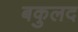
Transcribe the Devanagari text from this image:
बकुलद